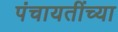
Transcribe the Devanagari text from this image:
पंचायतींच्या